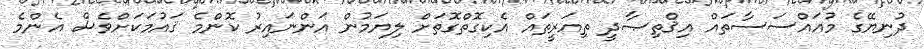
ދުނިޔޭގެ މުއައްސަސާތައް އިޤްތިޞާދީ ތިއަރީތައް އެކިގޮތްގޮތަށް ލިޔަމުން އަންނައިރު ކޮންމެ ޤައުމަކަށްވެސް އެންމެ